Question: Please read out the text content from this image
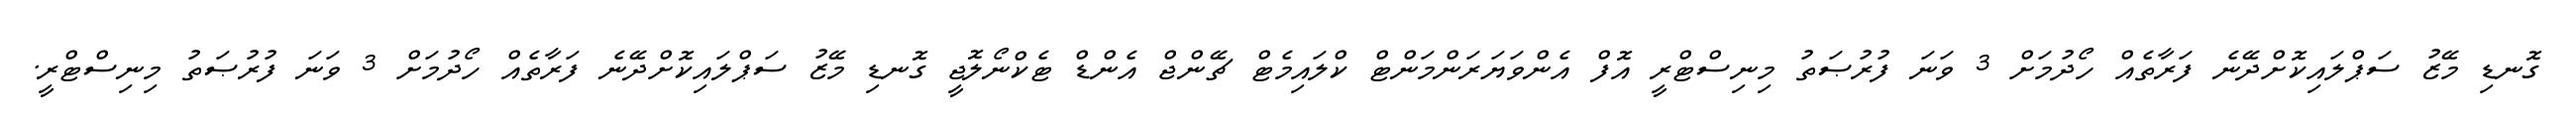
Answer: ގޮނޑި މޭޒު ސަޕްލައިކޮށްދޭނެ ފަރާތެއް ހޯދުމަށް 3 ވަނަ ފުރުޞަތު މިނިސްޓްރީ އޮފް އެންވަޔަރަންމަންޓް ކްލައިމެޓް ޗޭންޖް އެންޑް ޓެކްނޯލޮޖީ ގޮނޑި މޭޒު ސަޕްލައިކޮށްދޭނެ ފަރާތެއް ހޯދުމަށް 3 ވަނަ ފުރުޞަތު މިނިސްޓްރީ.